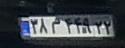
۳۸م۴۴۹۲۲